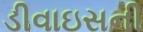
ડીવાઇસની